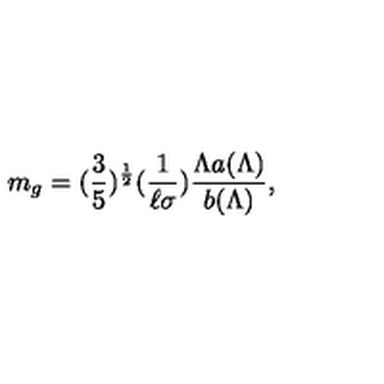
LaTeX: m _ { g } = ( \frac { 3 } { 5 } ) ^ { \frac { 1 } { 2 } } ( \frac { 1 } { \ell \sigma } ) \frac { \Lambda a ( \Lambda ) } { b ( \Lambda ) } ,